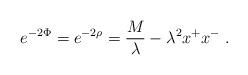
LaTeX: \begin{align*}e^{-2\Phi}=e^{-2\rho}={M\over\lambda}-\lambda^2x^+x^-\;.\end{align*}